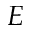
\boldsymbol { E }